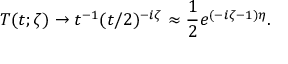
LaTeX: T ( t ; \zeta ) \to t ^ { - 1 } ( t / 2 ) ^ { - i \zeta } \approx \frac { 1 } { 2 } e ^ { ( - i \zeta - 1 ) \eta } .